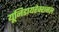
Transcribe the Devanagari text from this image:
यूनिडायरेक्शनल